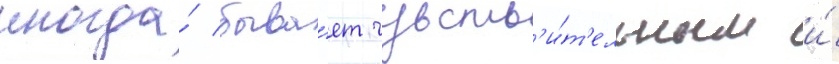
иногда́ быва́ет чувств'и́т'ельным и́